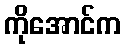
ကိုအောင်က